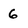
Character: 6